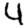
Digit: 4